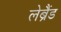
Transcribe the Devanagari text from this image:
लेब्रैंड